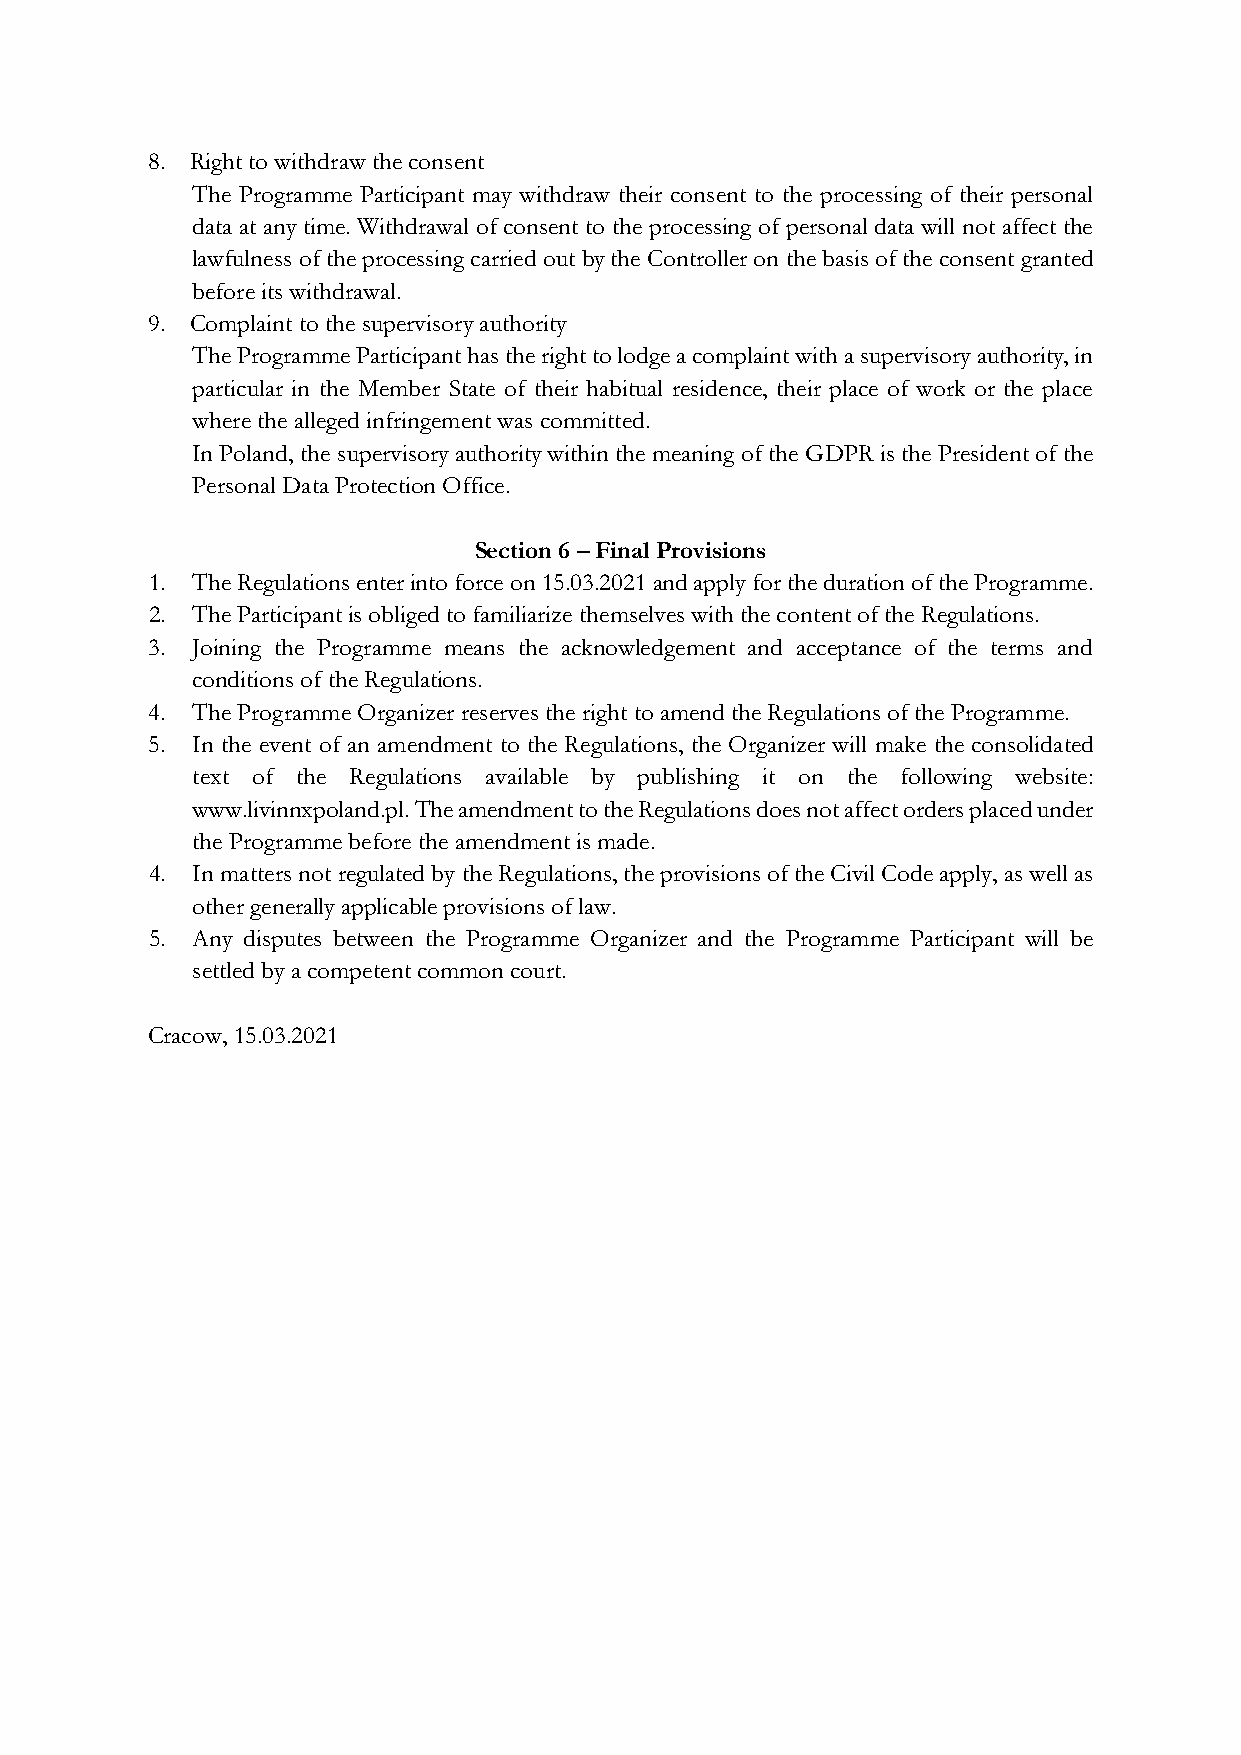
8. Right to withdraw the consent
 The Programme Participant may withdraw their consent to the processing of their personal
 data at any time. Withdrawal of consent to the processing of personal data will not affect the
 lawfulness of the processing carried out by the Controller on the basis of the consent granted
 before its withdrawal.
 9. Complaint to the supervisory authority
 The Programme Participant has the right to lodge a complaint with a supervisory authority, in
 particular in the Member State of their habitual residence, their place of work or the place
 where the alleged infringement was committed.
 In Poland, the supervisory authority within the meaning of the GDPR is the President of the
 Personal Data Protection Office.
 Section 6 – Final Provisions
 1. The Regulations enter into force on 15.03.2021 and apply for the duration of the Programme.
 2. The Participant is obliged to familiarize themselves with the content of the Regulations.
 3. Joining the Programme means the acknowledgement and acceptance of the terms and
 conditions of the Regulations.
 4. The Programme Organizer reserves the right to amend the Regulations of the Programme.
 5. In the event of an amendment to the Regulations, the Organizer will make the consolidated
 text of the Regulations available by publishing it on the following website:
 www.livinnxpoland.pl. The amendment to the Regulations does not affect orders placed under
 the Programme before the amendment is made.
 4. In matters not regulated by the Regulations, the provisions of the Civil Code apply, as well as
 other generally applicable provisions of law.
 5. Any disputes between the Programme Organizer and the Programme Participant will be
 settled by a competent common court.
 Cracow, 15.03.2021